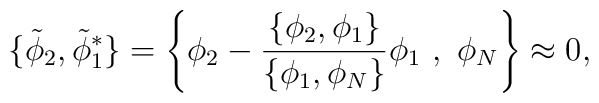
\{{\tilde\phi_2},{\tilde\phi_1^*}\}=\left\{\phi_2-\frac{\{\phi_2,\phi_1\}}{\{\phi_1,\phi_N\}}\phi_1\ ,\ \phi_N\right\}\approx 0,